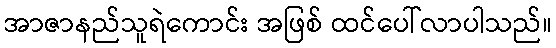
အာဇာနည်သူရဲကောင်း အဖြစ် ထင်ပေါ်လာပါသည်။